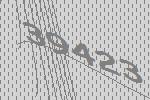
39423